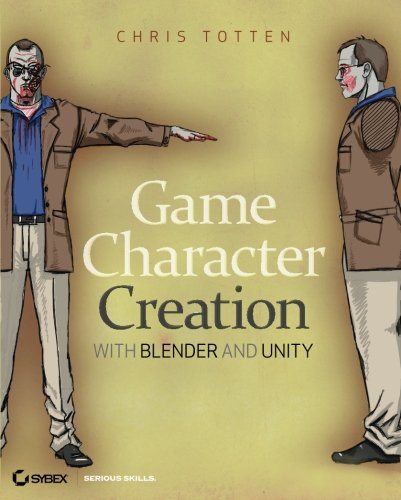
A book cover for Game Character Creation with Blender and Unity; Chris Totten; Computers & Technology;